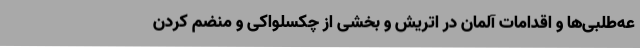
عه‌طلبی‌ها و اقدامات آلمان در اتریش و بخشی از چکسلواکی و منضم کردن